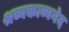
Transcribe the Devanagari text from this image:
श्रव्यकाव्यभेद